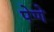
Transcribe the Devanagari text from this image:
पेणे